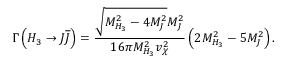
\Gamma \left( H _ { 3 } \to J \overline { { { J } } } \right) = \frac { \sqrt { M _ { H _ { 3 } } ^ { 2 } - 4 M _ { J } ^ { 2 } } M _ { J } ^ { 2 } } { 1 6 \pi M _ { H _ { 3 } } ^ { 2 } v _ { \chi } ^ { 2 } } \left( 2 M _ { H _ { 3 } } ^ { 2 } - 5 M _ { J } ^ { 2 } \right) .